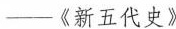
——《新五代史》